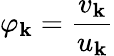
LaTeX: \varphi_{\mathbf{k}}=\frac{v_{\mathbf{k}}}{u_{\mathbf{k}}}